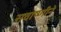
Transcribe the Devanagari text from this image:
सवाष्णीने